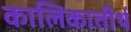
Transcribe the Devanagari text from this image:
कालिकातीर्थ